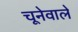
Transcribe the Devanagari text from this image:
चूनेवाले